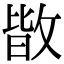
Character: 𭤀